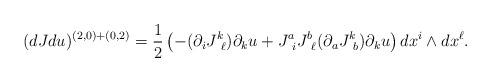
LaTeX: \begin{align*}(dJdu)^{(2,0)+(0,2)} = \frac{1}{2} \left( - (\partial_{i} J^k_{\ \ell} ) \partial_k u + J^a_{\ i} J^b_{\ \ell} (\partial_a J^k_{\ b}) \partial_k u \right) dx^i \wedge dx^{\ell}.\end{align*}